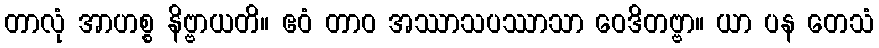
တာလုံ အာဟစ္စ နိဗ္ဗာယတိ။ ဧဝံ တာဝ အဿာသပဿာသာ ဝေဒိတဗ္ဗာ။ ယာ ပန တေသံ